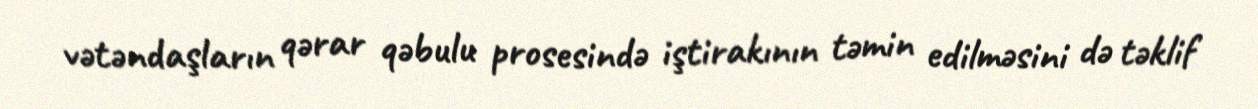
vətəndaşların qərar qəbulu prosesində iştirakının təmin edilməsini də təklif